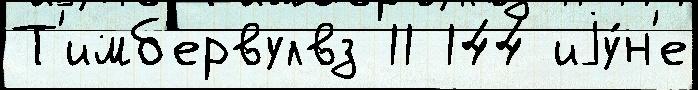
Т'имб'ервулвз 11 144 иjу́н'е